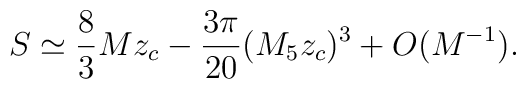
S\simeq \frac{8}{3}Mz_c-\frac{3\pi}{20}(M_5z_c)^3+O(M^{-1}).